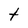
Character: t